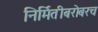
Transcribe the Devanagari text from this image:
निर्मितीबरोबरच